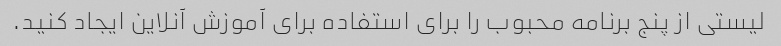
لیستی از پنج برنامه محبوب را برای استفاده برای آموزش آنلاین ایجاد کنید.